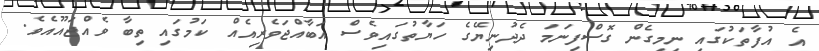
އެ އުފާތަކުގައި ނިމިގެން ގޮސްފިނަމަ ދެދުނިޔޭގެ ހަޔާތުގައިވެސް އަބާއްޖަވެރިއެއް ކަމުގައި ތިބާ ވެއްޖައޫއެވެ.